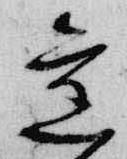
旧